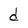
Character: d